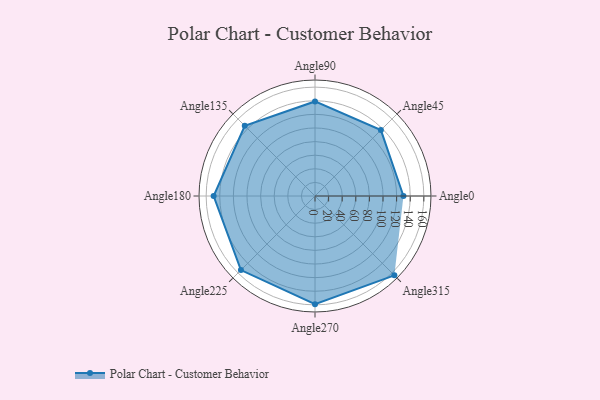
{"axis": {"x": "Angle", "y": "Radius"}, "legend": [""], "data": [{"x": "Angle0", "y": 130.0, "type": ""}, {"x": "Angle45", "y": 137.0, "type": ""}, {"x": "Angle90", "y": 139.0, "type": ""}, {"x": "Angle135", "y": 146.0, "type": ""}, {"x": "Angle180", "y": 149.0, "type": ""}, {"x": "Angle225", "y": 154.0, "type": ""}, {"x": "Angle270", "y": 159.0, "type": ""}, {"x": "Angle315", "y": 165.0, "type": ""}]}